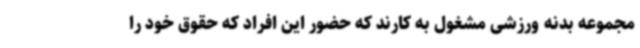
مجموعه بدنه ورزشی مشغول به کارند که حضور این افراد که حقوق خود را